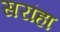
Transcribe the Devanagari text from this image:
सरांहा